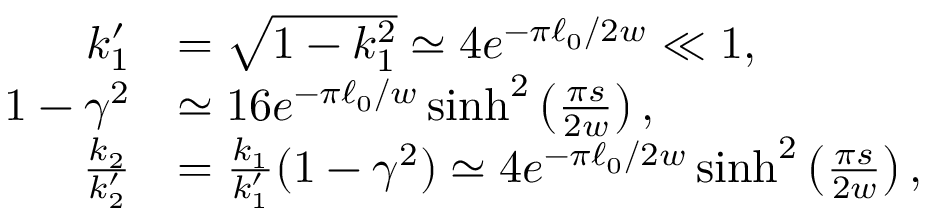
\begin{array} { r l } { k _ { 1 } ^ { \prime } } & { = \sqrt { 1 - k _ { 1 } ^ { 2 } } \simeq 4 e ^ { - \pi \ell _ { 0 } / 2 w } \ll 1 , } \\ { 1 - \gamma ^ { 2 } } & { \simeq 1 6 e ^ { - \pi \ell _ { 0 } / w } \sinh ^ { 2 } \left( \frac { \pi s } { 2 w } \right) , } \\ { \frac { k _ { 2 } } { k _ { 2 } ^ { \prime } } } & { = \frac { k _ { 1 } } { k _ { 1 } ^ { \prime } } ( 1 - \gamma ^ { 2 } ) \simeq 4 e ^ { - \pi \ell _ { 0 } / 2 w } \sinh ^ { 2 } \left( \frac { \pi s } { 2 w } \right) , } \end{array}